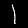
Label: 1